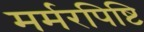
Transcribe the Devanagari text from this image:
मर्मरपिष्टि